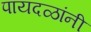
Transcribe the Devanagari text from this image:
पायदळांनी